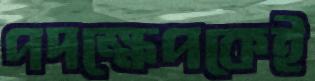
পদক্ষেপকেই